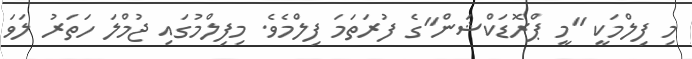
މި ފިލްމަކީ "މީ ޕްރޮޑަކްޝަން"ގެ ފުރަތަމަ ފިލްމެވެ. މިފިލްމުގައި ޖުމްލަ ހަތަރު ލަވަ